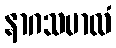
နာဂသမာလံ